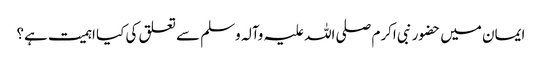
ایمان میں حضور نبی اکرم صلی اللہ علیہ وآلہ وسلم سے تعلق کی کیا اہمیت ہے؟